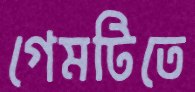
গেমটিতে